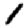
Digit: 1